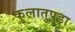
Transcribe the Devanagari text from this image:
कुलातुपुड़ा